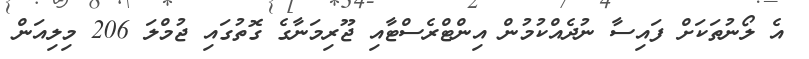
އެ ލޯނުތަކަށް ފައިސާ ނުދެއްކުމުން އިންޓްރެސްޓާއި ޖޫރިމަނާގެ ގޮތުގައި ޖުމްލަ 206 މިލިއަން